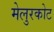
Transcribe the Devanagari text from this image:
मेलुरकोट